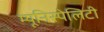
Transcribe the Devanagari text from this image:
म्यूनिस्पेलिटी